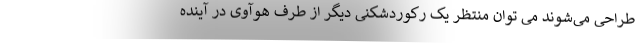
طراحی می‌شوند می توان منتظر یک رکوردشکنی دیگر از طرف هوآوی در آینده